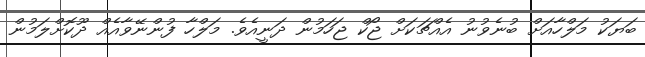
ބަޔަކު މަލްހާއަށް ބުނެވުނު އެއްޗަކަށް ޖޯކް ޖަހަމުން ދަނީއެވެ. މަލްހާ ފުންނޭވާއެއް ދޫކޮށްލަމުން